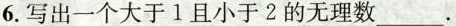
6.写出一个大于1且小于2的无理数____.